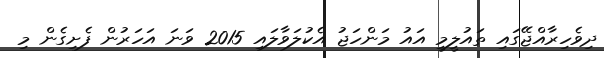
ދިވެހިރާއްޖޭގައި ތައުލީމީ އައު މަންހަޖު އެކުލަވާލައި 2015 ވަނަ އަހަރުން ފެށިގެން މި